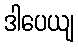
ဒါပေယျ